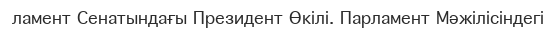
ламент Сенатындағы Президент Өкілі. Парламент Мәжілісіндегі